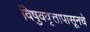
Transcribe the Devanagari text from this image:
विषुववृत्तापासूनचे